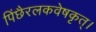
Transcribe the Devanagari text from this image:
पिंछैरलकवेषकृत्‌।